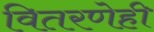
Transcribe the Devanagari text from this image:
वितरणेही